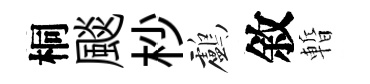
桐颷杪鸕敘暫